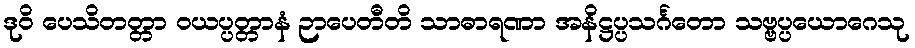
ဒုဝိ ပေသိတတ္တာ ဝယပ္ပတ္တာနံ ဉာပေတီတိ သာဓာရဏာ အနိဋ္ဌပ္ပသင်္ဂတော သဗ္ဗပ္ပယောဂေသု